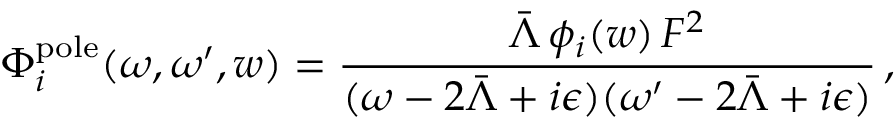
\Phi _ { i } ^ { \mathrm { p o l e } } ( \omega , \omega ^ { \prime } , w ) = \frac { \bar { \Lambda } \, \phi _ { i } ( w ) \, F ^ { 2 } } { ( \omega - 2 \bar { \Lambda } + i \epsilon ) ( \omega ^ { \prime } - 2 \bar { \Lambda } + i \epsilon ) } \, ,